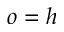
o = h